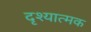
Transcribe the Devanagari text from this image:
दृश्‍यात्‍मक